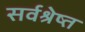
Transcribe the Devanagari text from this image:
सर्वश्रेष्त